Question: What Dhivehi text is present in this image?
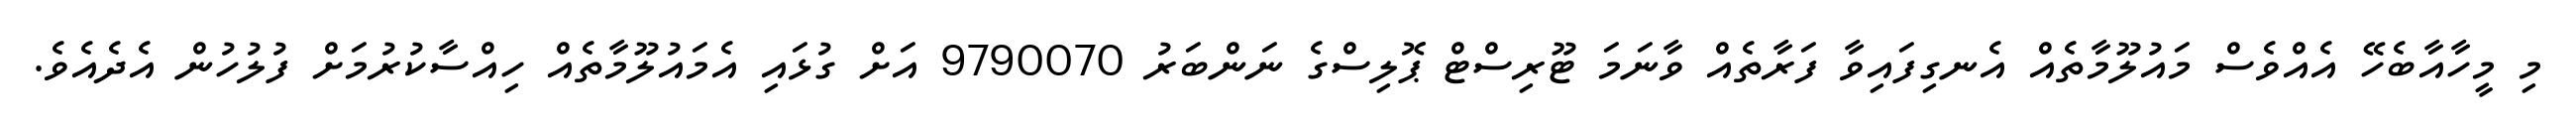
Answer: މި މީހާއާބެހޭ އެއްވެސް މައުލޫމާތެއް އެނގިފައިވާ ފަރާތެއް ވާނަމަ ޓޫރިސްޓް ޕޮލިސްގެ ނަންބަރު 9790070 އަށް ގުޅައި އެމައުލޫމާތެއް ހިއްސާކުރުމަށް ފުލުހުން އެދެއެވެ.